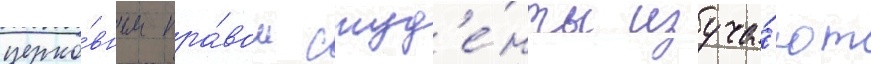
церко́вным пра́вом студ'е́нты изуча́ют